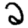
Digit: 2